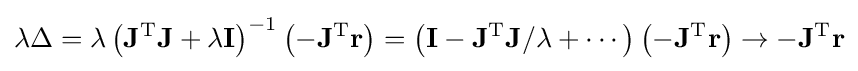
\lambda \Delta =\lambda \left(\mathbf {J^{\operatorname {T} }J} +\lambda \mathbf {I} \right)^{-1}\left(-\mathbf {J} ^{\operatorname {T} }\mathbf {r} \right)=\left(\mathbf {I} -\mathbf {J^{\operatorname {T} }J} /\lambda +\cdots \right)\left(-\mathbf {J} ^{\operatorname {T} }\mathbf {r} \right)\to -\mathbf {J} ^{\operatorname {T} }\mathbf {r}